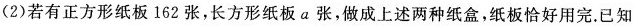
(2)若有正方形纸板162张，长方形纸板a张，做成上述两种纸盒，纸板恰好用完。已知